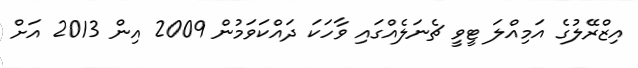
އިޒްރޭލުގެ އަމިއްލަ ޓީވީ ޗެނަލެއްގައި ވާހަކަ ދައްކަވަމުން 2009 އިން 2013 އަށް